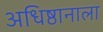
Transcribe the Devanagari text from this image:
अधिष्ठानाला